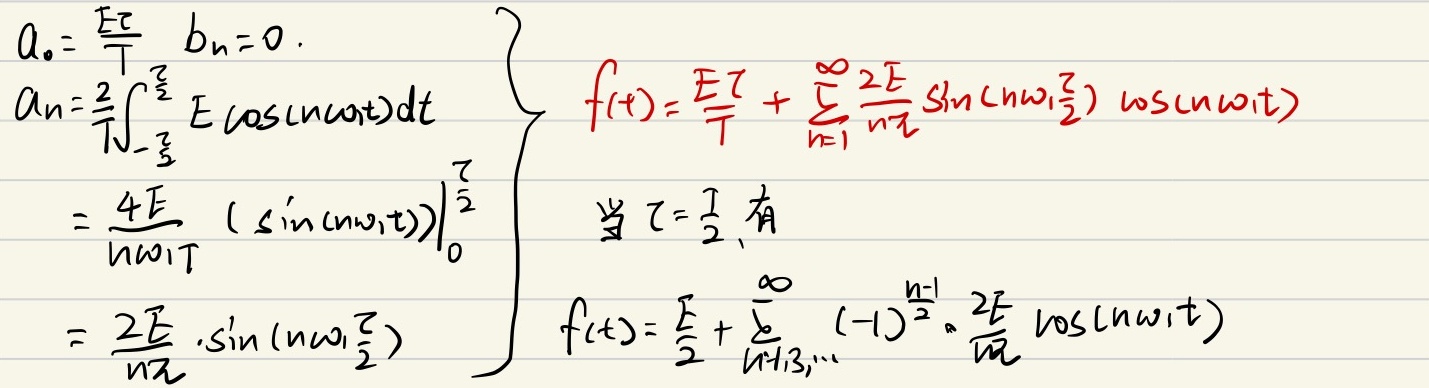
当\(\tau = \frac{T}{2}\)时，有
\[\begin{cases}
a_{0}=\frac{E\tau}{T}, \ b_{n} = 0.\\
a_{n}=\frac{2}{T}\int_{-\frac{\tau}{2}}^{\frac{\tau}{2}}E\cos(n\omega_{1}t)dt\\
\ \ \ \ \ \ =\frac{4E}{n\omega_{1}T}(\sin(n\omega_{1}t))\big|_{0}^{\frac{\tau}{2}}\\
\ \ \ \ \ \ =\frac{2E}{n\pi}\cdot\sin(n\omega_{1}\frac{\tau}{2})
\end{cases}\]
\[\begin{cases}
f(t)=\frac{E\tau}{T}+\sum_{n = 1}^{\infty}\frac{2E}{n\pi}\sin(n\omega_{1}\frac{\tau}{2})\cos(n\omega_{1}t)\\
f(t)=\frac{E}{2}+\sum_{n = 1,3,\cdots}^{\infty}(-1)^{\frac{n - 1}{2}}\cdot\frac{2E}{n\pi}\cos(n\omega_{1}t)
\end{cases}\]